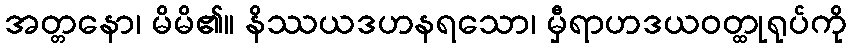
အတ္တနော၊ မိမိ၏။ နိဿယဒဟနရသော၊ မှီရာဟဒယဝတ္ထုရုပ်ကို